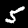
Label: 5